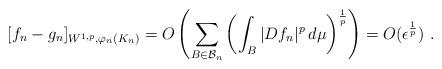
LaTeX: \begin{align*}[f_n-g_n]_{W^{1,p},\varphi_n(K_n)}=O\left(\sum_{B\in\mathcal{B}_n}\left(\int_{B} |Df_n|^p\,d\mu\right)^{\frac{1}{p}}\right) =O(\epsilon^{\frac{1}{p}}) \ .\end{align*}